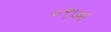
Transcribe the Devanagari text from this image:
०९७६